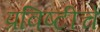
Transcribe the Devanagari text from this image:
प्रविष्टीचे